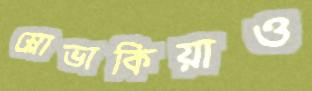
স্লোভাকিয়াও